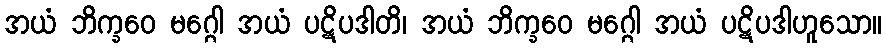
အယံ ဘိက္ခဝေ မဂ္ဂေါ အယံ ပဋိပဒါတိ၊ အယံ ဘိက္ခဝေ မဂ္ဂေါ အယံ ပဋိပဒါဟူသော။